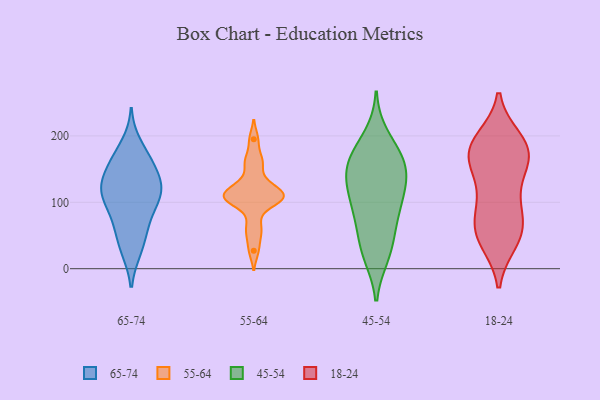
{"axis": {"x": "Satisfaction Score", "y": "Value"}, "legend": ["18-24", "45-54", "55-64", "65-74"], "data": [{"x": "", "y": 28, "type": "65-74"}, {"x": "", "y": 124, "type": "65-74"}, {"x": "", "y": 163, "type": "65-74"}, {"x": "", "y": 126, "type": "65-74"}, {"x": "", "y": 58, "type": "65-74"}, {"x": "", "y": 112, "type": "65-74"}, {"x": "", "y": 118, "type": "65-74"}, {"x": "", "y": 110, "type": "65-74"}, {"x": "", "y": 98, "type": "65-74"}, {"x": "", "y": 73, "type": "65-74"}, {"x": "", "y": 28, "type": "65-74"}, {"x": "", "y": 130, "type": "65-74"}, {"x": "", "y": 62, "type": "65-74"}, {"x": "", "y": 161, "type": "65-74"}, {"x": "", "y": 145, "type": "65-74"}, {"x": "", "y": 102, "type": "65-74"}, {"x": "", "y": 165, "type": "65-74"}, {"x": "", "y": 187, "type": "65-74"}, {"x": "", "y": 107, "type": "55-64"}, {"x": "", "y": 122, "type": "55-64"}, {"x": "", "y": 97, "type": "55-64"}, {"x": "", "y": 159, "type": "55-64"}, {"x": "", "y": 114, "type": "55-64"}, {"x": "", "y": 111, "type": "55-64"}, {"x": "", "y": 112, "type": "55-64"}, {"x": "", "y": 195, "type": "55-64"}, {"x": "", "y": 133, "type": "55-64"}, {"x": "", "y": 27, "type": "55-64"}, {"x": "", "y": 66, "type": "55-64"}, {"x": "", "y": 103, "type": "55-64"}, {"x": "", "y": 163, "type": "55-64"}, {"x": "", "y": 106, "type": "55-64"}, {"x": "", "y": 52, "type": "55-64"}, {"x": "", "y": 199, "type": "45-54"}, {"x": "", "y": 22, "type": "45-54"}, {"x": "", "y": 61, "type": "45-54"}, {"x": "", "y": 158, "type": "45-54"}, {"x": "", "y": 93, "type": "45-54"}, {"x": "", "y": 120, "type": "45-54"}, {"x": "", "y": 20, "type": "45-54"}, {"x": "", "y": 169, "type": "45-54"}, {"x": "", "y": 141, "type": "45-54"}, {"x": "", "y": 134, "type": "45-54"}, {"x": "", "y": 93, "type": "45-54"}, {"x": "", "y": 162, "type": "45-54"}, {"x": "", "y": 88, "type": "45-54"}, {"x": "", "y": 131, "type": "45-54"}, {"x": "", "y": 40, "type": "45-54"}, {"x": "", "y": 173, "type": "45-54"}, {"x": "", "y": 97, "type": "18-24"}, {"x": "", "y": 167, "type": "18-24"}, {"x": "", "y": 195, "type": "18-24"}, {"x": "", "y": 74, "type": "18-24"}, {"x": "", "y": 173, "type": "18-24"}, {"x": "", "y": 74, "type": "18-24"}, {"x": "", "y": 46, "type": "18-24"}, {"x": "", "y": 181, "type": "18-24"}, {"x": "", "y": 162, "type": "18-24"}, {"x": "", "y": 187, "type": "18-24"}, {"x": "", "y": 110, "type": "18-24"}, {"x": "", "y": 161, "type": "18-24"}, {"x": "", "y": 191, "type": "18-24"}, {"x": "", "y": 47, "type": "18-24"}, {"x": "", "y": 137, "type": "18-24"}, {"x": "", "y": 57, "type": "18-24"}, {"x": "", "y": 41, "type": "18-24"}]}